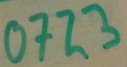
Text: 0723